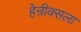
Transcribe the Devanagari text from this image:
हेन्रीक्सला